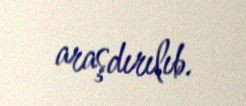
araşdırılıb.